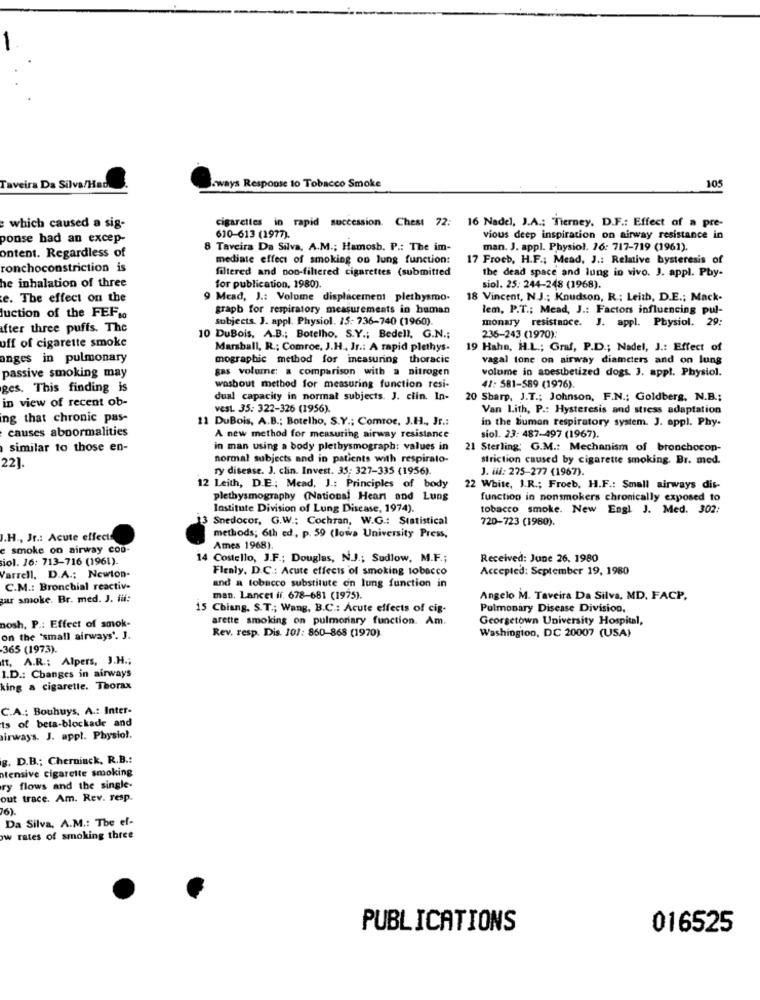
Taveira Da Silva/Had
.ways Response to Tobacco Smoke
105
cigarettes in rapid succession. Chest 72: 16 Nadel, J.A .: Tierney, D.F .: Effect of a pre-
which caused a sig-
ponse had an excep-
610-613 (1977).
vious deep inspiration on airway resistance in
8 Taveira Da Silva, A.M .; Hamosb. P .: The im-
man. J. appl. Physiol. 16: 717-719 (1961).
ontent. Regardless of
mediate effect of smoking on lung function:
17 Froch, H.F .; Mead, J .: Relative bysteresis of
ronchoconstriction is
filtered and non-filtered cigarettes (submitted
he inhalation of three
the dead space and lung in vivo. J. appl. Pby-
for publication. 1980).
siol. 25: 244-248 (1968).
e. The effect on the
9 Mead, J .: Volume displacement plethysmo-
18 Vincent, N.J .; Knudson, R .: Leith, D.E .; Mack-
luction of the FEF.
graph for respiratory measurements in human
lem, P.T .; Mead, J .: Factors influencing pul-
subjects. J. appl. Physiol. 15: 736-740 (1960).
monary resistance. J. appl. Physiol. 29:
after three puffs. The
10 DuBois, A.B .; Botelho. S.Y .; Bedell, G.N .;
236-243 (1970):
uff of cigarette smoke
Marshall, R .; Comroe, J.H ., Jr .: A rapid plethys.
19 Hahn, H.L .; Graf, P.D .; Nadel, J .: Effect of
anges in pulmonary
mographic method for ineasuring thoracic
vagal tone on airway diameters and on lung
gas volume: a comparison with a nitrogen
passive smoking may
volume in apestbetized dogs. J. appl. Physiol.
ges. This finding is
wasbout method for measuring function resi-
41: 581-589 (1976)
in view of recent ob-
dual capacity in normal subjects. J. clin. In-
20 Sharp, J.T .; Johnson, F.N .; Goldberg, N.B .;
vest. 35: 322-326 (1956).
Van Lith, P .: Hysteresis and stress adaptation
ing that chronic pas-
11 DuBois, A.B .; Botelho, S.Y .; Comroc, J.H ., Jr .:
in the bumon respiratory system. J. appl. Phy-
causes abnormalities
A new method for measuring airway resistance
siol. 23: 487-497 (1967).
similar to those en-
in man using a body plethysmograph: values in
21 Sterling: G.M .: Mechanism of bronchocon-
normal subjects and in patients with respiralo-
striction caused by cigarette smoking. Br. med.
22].
ry disease. J. clin. Invest. 35: 327-335 (1956).
J. iii: 275-277 (1967).
12 Leith, D.E .; Mead, J .: Principles of body
22 White, I.R .; Froeb, H.F .: Small airways dis-
plethysmography (National Heart and Lung
function in nonsmokers chronically exposed to
Institute Division of Lung Disease, 1974).
tobacco smoke. New Engl J. Med. 302:
13 Snedocor, G.W .; Cochran, W.G .: Statistical
720-723 (1980).
I.H ., Jr .: Acute effects
methods; 6th ed, p. 59 (lowa University Press,
e smoke on airway con-
Ames 1968).
iol. 16: 713-716 (1961).
14 Costello, J.F .; Douglas, N.J .; Sudlow, M.F .;
Received: June 26, 1980
Flenly, D.C .: Acute effects of smoking tobacco
Accepted: September 19, 1980
Varrell. D.A .: Newton-
C.M .: Bronchial reactive
and a tobacco substitute on lung function in
gar smoke. Br. med. J. fil:
man. Lancet if. 678-681 (1975).
Angelo M. Taveira Da Silva, MD. FACP.
15 Chiang, S.T .; Wang, B.C .: Acute effects of cig-
Pulmonary Disease Division,
bosh, P .: Effect of smok-
arette smoking on pulmonary function. Am.
Georgetown University Hospital,
Washington, DC 20007 (USA)
on the "small airways'. J.
Rev. resp. Dis. 101: 860-868 (1970)
365 (1973).
tt, A.R .; Alpers, J.H .;
I.D .: Changes in airways
king a cigarette. Thorax
C.A .: Bouhuys, A .: Inter-
ts of beta-blockade and
airways. J. appl. Physiol.
g. D.B .; Cherniack, R.B .:
tensive cigarette smoking
ry flows and the single-
out trace. Am. Rev. resp.
76).
Da Silva, A.M .: The ef-
w rates of smoking three
PUBLICATIONS
016525